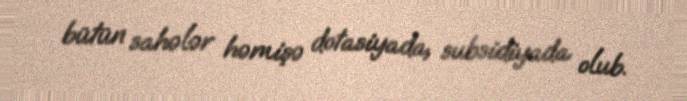
bütün sahələr həmişə dotasiyada, subsidiyada olub.